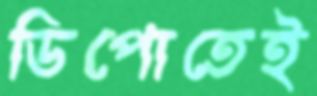
ডিপোতেই